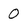
Character: 0